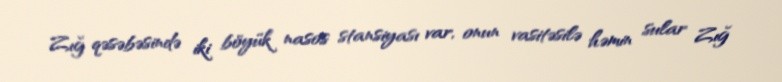
Zığ qəsəbəsində iki böyük nasos stansiyası var, onun vasitəsilə həmin sular Zığ